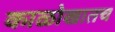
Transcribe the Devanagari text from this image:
काळोखातच